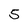
Character: 5